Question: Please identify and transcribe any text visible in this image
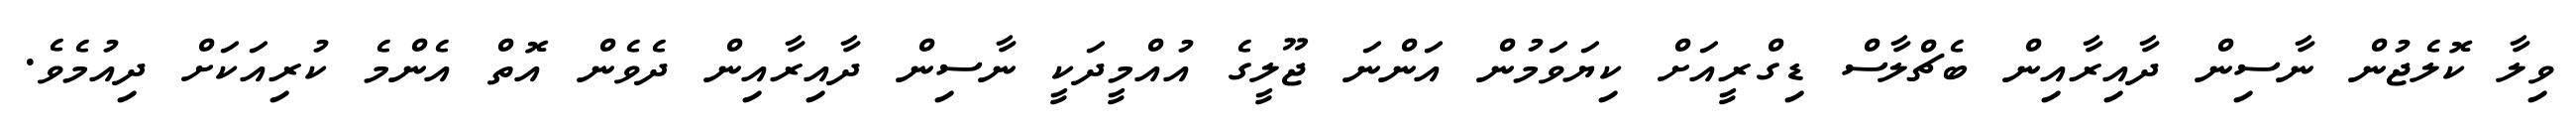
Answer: ވިލާ ކޮލެޖުން ނާސިން ދާއިރާއިން ބެޗްލާސް ޑިގްރީއަށް ކިޔަވަމުން އަންނަ ޖޫލީގެ އުއްމީދަކީ ނާސިން ދާއިރާއިން ދެވެން އޮތް އެންމެ ކުރިއަކަށް ދިއުމެވެ.